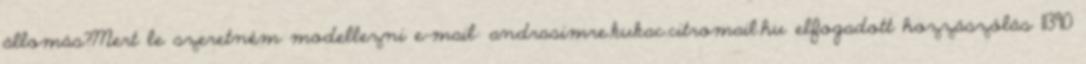
állomás?Mert le szeretném modellezni e-mail: andrasimre.kukac.citromail.hu elfogadott hozzászólás 11390